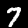
Label: 7